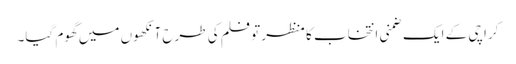
کراچی کے ایک ضمنی انتخاب کا منظر تو فلم کی طرح آنکھوں میں گھوم گیا۔